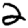
Digit: 2